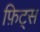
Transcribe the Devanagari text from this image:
फ़िट्स